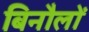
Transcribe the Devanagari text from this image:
बिनौलों